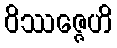
ဝိဿဇ္ဇေဟိ